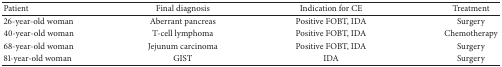
| Patient | Final diagnosis | Indication for CE | Treatment |
 | --- | --- | --- | --- |
 | 26-year-old woman | Aberrant pancreas | Positive FOBT, IDA | Surgery |
 | 40-year-old woman | T-cell lymphoma | Positive FOBT, IDA | Chemotherapy |
 | 68-year-old woman | Jejunum carcinoma | Positive FOBT, IDA | Surgery |
 | 81-year-old woman | GIST | IDA | Surgery |